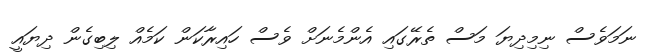
ނަމަވެސް ނިމިދިޔަ މަސް ތެރޭގައި އެންމެނަށް ވެސް ހައިރާކަން ކަމެއް ލިބިގެން ދިޔައީ